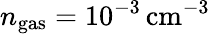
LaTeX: {n_{\mathrm{gas}}=10^{-3}\, \mathrm{cm}^{-3}}